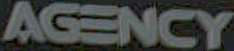
AGENCY